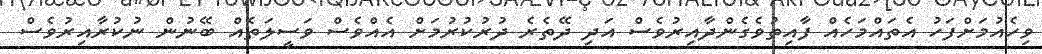
ވިހެއުމަށްފަހު އެތައްމަހެއް ފާއިތުވެގެންދާއިރުވެސް އަދި ދޭތެރެ ދުރުކުރުމަށް އެއްވެސް ވަސީލަތެއް ބޭނުން ނުކުރާއިރުވެސް